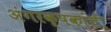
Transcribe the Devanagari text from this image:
अंगरक्षकांची